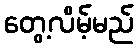
တွေ့လိမ့်မည်